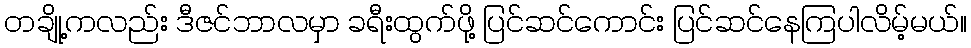
တချို့ကလည်း ဒီဇင်ဘာလမှာ ခရီးထွက်ဖို့ ပြင်ဆင်ကောင်း ပြင်ဆင်နေကြပါလိမ့်မယ်။